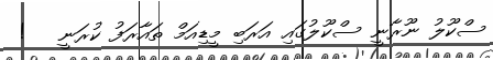
ސްކޫލު ނޫރާނީ ސްކޫލުގައި އަރަބި މީޑިއަމް ތައާރަފު ކުރަނީ   !